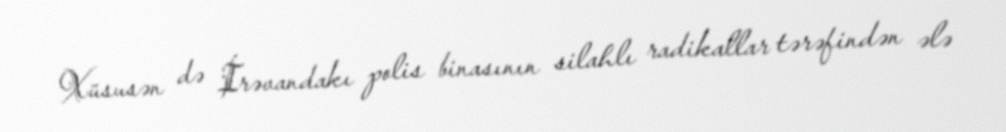
Xüsusən də İrəvandakı polis binasının silahlı radikallar tərəfindən ələ